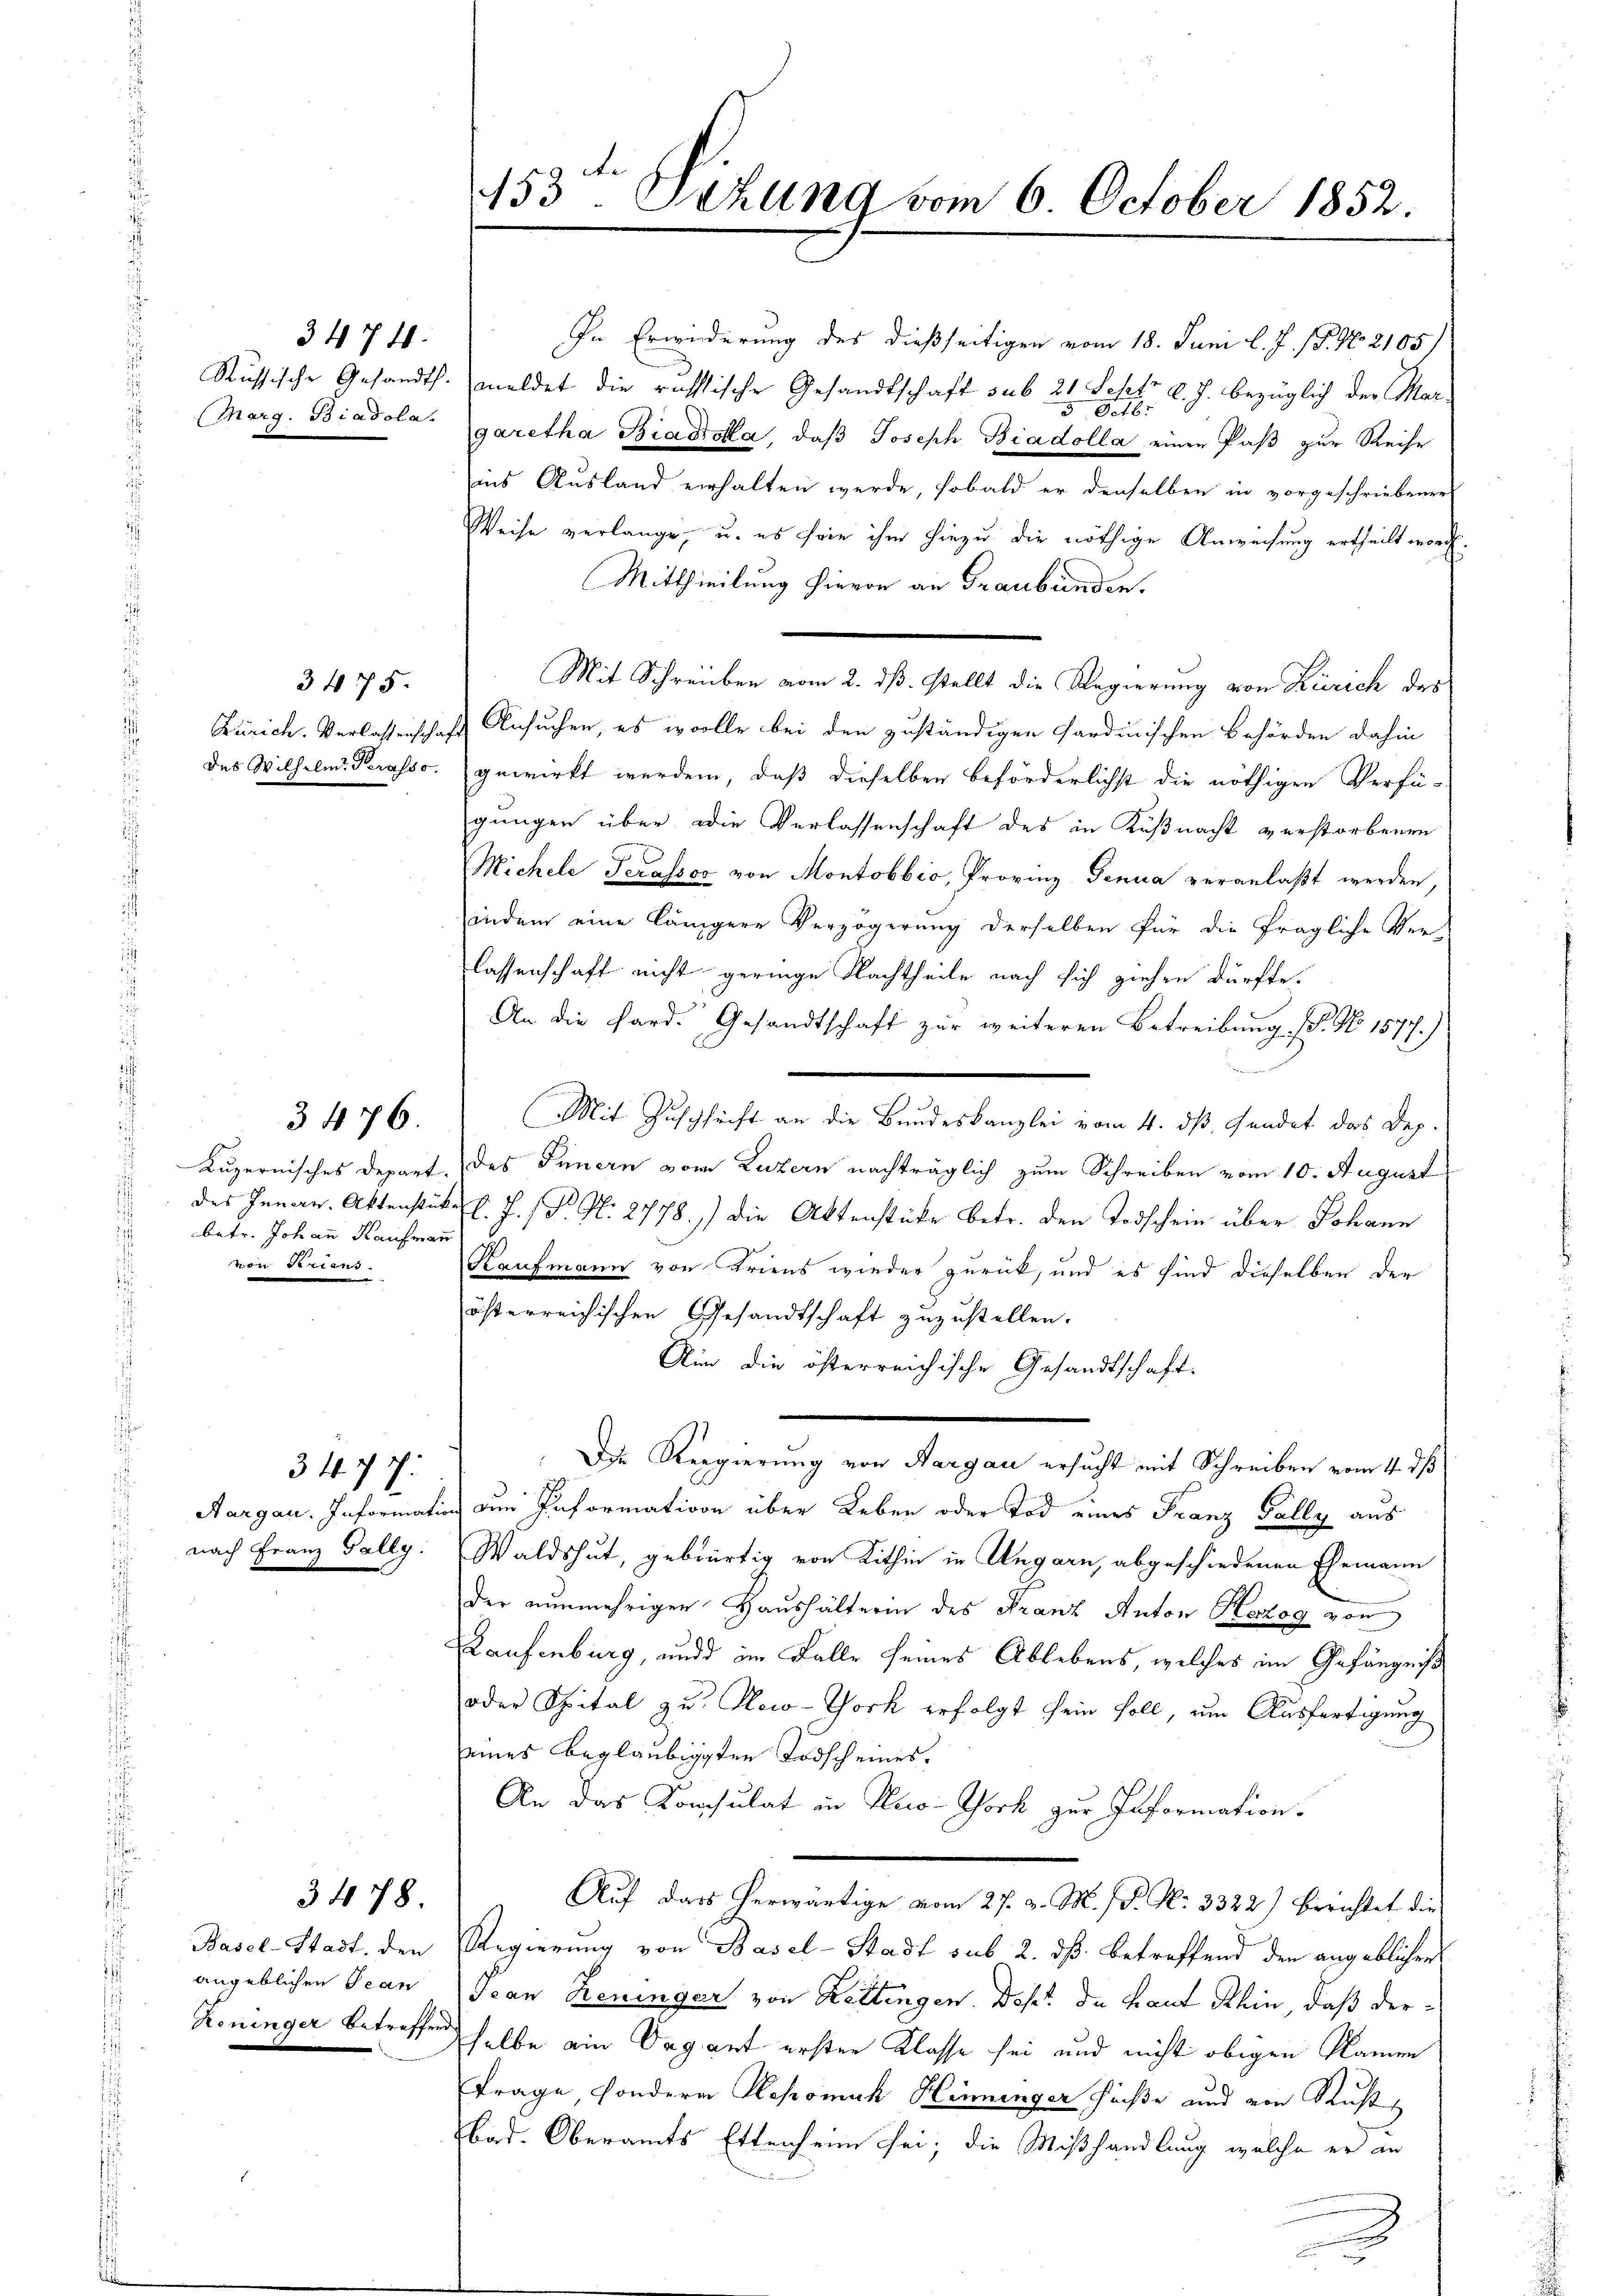
3474.
(Marg. Biadola.

3475.
des Wilhelnd Perasso.

betr. Johann Kaufmann
von Seriens.

3476.

34. 77:
nach Franz Gally.

Basel-Stadt, den
angeblichen Bean

3478.

153. Dehung vom 6. October 1852.

In Erwiderung des dießseitigen vom 18. Juni l. J. J. No 2105)
Russische Gesandts. meldet die röthlische Gesandtschaft sub 21 Sept. d. J. bezüglich der Mar
5 Febr
garetha Biadtolla, daß Joseph Biadolla, einen Paß zur Reise
aus Ausland verhalten werde, sobald er denselben in vorgeschriebener
Weise verlange, u. es sie ihm hiezu die nöthige Anwachung ertheilt worden.
Mittheilung hievon an Graubünden.
Mit Schreiben vom 2. ds. stellt die Regierung von Zürich des
Zürich. Verlassenschaft Ansuchen, es wolle bei den zuständigen Sardinischen Behörden dahin
gewirkt werden, daß dieselben beförderlichst die nöthigen Verfü-
gungen über die Verlassenschaft des in Küßnacht verstorbenen
Michele Terassos von Montobbio, Provinz Genua veranlaßt werden,
indem eine längere Verzögerung derselben für die fragliche Ver-
lassenschaft nicht geringe Nachtheile nach sich ziehen dürfte.
An die Sard. Gesandtschaft zur weiteren Betreibung sel. No 1577.)
Mit Zuschrift an die Bundeskanzlei vom 4. dβ, Fendet das Dep
Luzernisches Depart. des Funern vom Luzern nachträglich zum Schreiben vom 10. August
des Innen. Aktenstückes l. J. P. Nr. 2778.) Die Aktenstücke betr. den Todschein über Johann
Kaufmann von Triens wieder zurück, und es sind dieselben der
österreichischen Gesandtschaft zuzustellen.
Ain die österreichische Gesandtschaft.
Die Regierung von Aargau ersucht mit Schreiben vom 4. ds
Aargau. Informatin den Informativen über Leben oder Tod eines Franz Fally aus
Waldshut, gebürtig von Kithin in Ungarn, abgeschiedenen Ehemann
der nunmehrigen Haushälterin des Franz Anton Herzog von
Kaufenburg, und im Falle seines Ablebens, welches im Gefängniß
oder Spital zu New-York erfolgt sein soll, um Ausfertigung
seines beglaubigten Todscheines,
An das Konsulat in Huo-York zur Information.
Auf das herwärtige vom 27. d. M. J. P. Nr. 3322) Berichtet die
Regierung von Basel-Stadt sub 2. dß. betreffend den angeblichen
Jean Reninger von Rettingen. Dest Du haut Rhin, daß der¬
Koninger betreffenselbe ein Organt ersten Klasse sei und nicht obigen Namen
Frage sondern Hepomuk Henninger haße und von Rust
Bad. Oberamts Ettenheim sei; die Mißhandlung welche er an
.